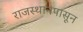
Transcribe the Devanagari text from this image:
राजस्थानपासून